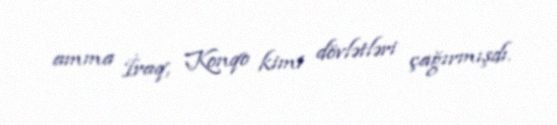
amma İraq, Konqo kimi dövlətləri çağırmışdı.